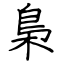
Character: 梟